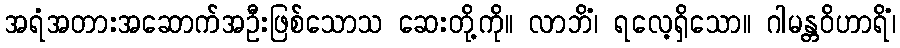
အရံအတားအဆောက်အဦးဖြစ်သောသ ဆေးတို့ကို။ လာဘိံ၊ ရလေ့ရှိသော။ ဂါမန္တဝိဟာရိံ၊